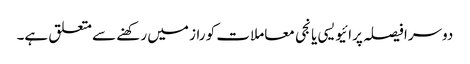
دوسرا فیصلہ پرائیویسی یا نجی معاملات کو راز میں رکھنے سے متعلق ہے۔